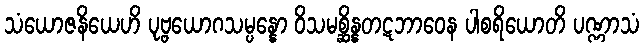
သံယောဇနိယေဟိ ပုဗ္ဗယောဂသမ္ပန္နော ဝိသမစ္ဆိန္နတဋဘာဝေန ပါစရိယောတိ ပဏ္ဏာသံ